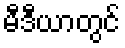
မီဒီယာတွင်